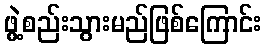
ဖွဲ့စည်းသွားမည်ဖြစ်ကြောင်း